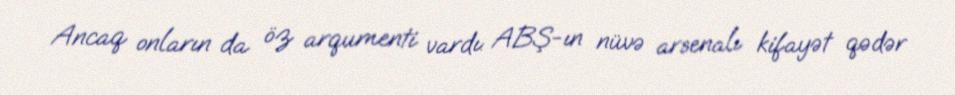
Ancaq onların da öz arqumenti vardı: ABŞ-ın nüvə arsenalı kifayət qədər